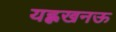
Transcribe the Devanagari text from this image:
यह्लखनऊ